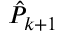
\hat { P } _ { k + 1 }